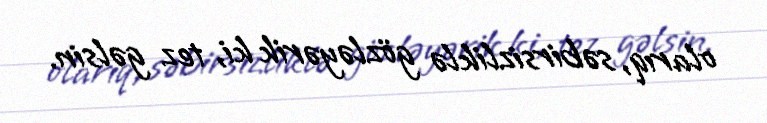
olarıq, səbirsizliklə gözləyərik ki, tez gəlsin.